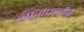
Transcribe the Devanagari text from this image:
नागफणीचे